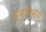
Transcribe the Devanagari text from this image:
स्मृतिमय